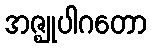
အဇ္ဈုပါဂတော